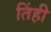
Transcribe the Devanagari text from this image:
तिंही